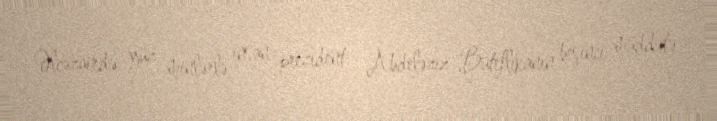
Əlcəzairdə yüz minlərlə insan prezident Abdeləziz Buteflikanın beşinci müddətə